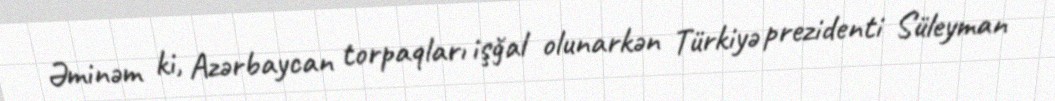
Əminəm ki, Azərbaycan torpaqları işğal olunarkən Türkiyə prezidenti Süleyman